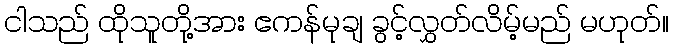
ငါသည် ထိုသူတို့အား ဧကန်မုချ ခွင့်လွှတ်လိမ့်မည် မဟုတ်။